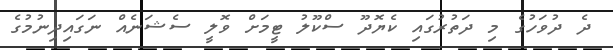
ދެ ދުވަހުގެ މި ދަތުރުގައި ކެޔޮދޫ ސްކޫލު ޓީމަށް ވޮލީ ސެޝަނެއް ނަގައިދިނުމުގެ